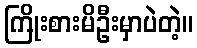
ကြိုးစားမိဦးမှာပဲတဲ့။